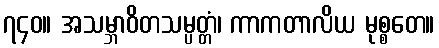
၇၄၀။ အသမ္ဘာဝိတသမ္ပတ္တံ၊ ကာကတာလိယ မုစ္စတေ။